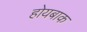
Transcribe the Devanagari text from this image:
होयबाक